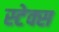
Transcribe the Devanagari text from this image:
स्टेक्स